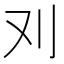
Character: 𠚫